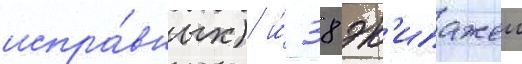
испра́вных) и́ 38 эк'ипажеи